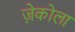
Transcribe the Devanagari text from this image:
ज़ेकोला